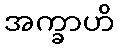
အက္ခာဟိ